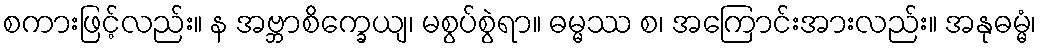
စကားဖြင့်လည်း။ န အဗ္ဘာစိက္ခေယျ၊ မစွပ်စွဲရာ။ ဓမ္မဿ စ၊ အကြောင်းအားလည်း။ အနုဓမ္မံ၊